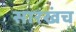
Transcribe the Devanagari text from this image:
सारखंच